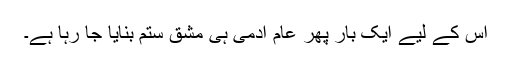
اس کے لیے ایک بار پھر عام آدمی ہی مشقِ ستم بنایا جا رہا ہے۔